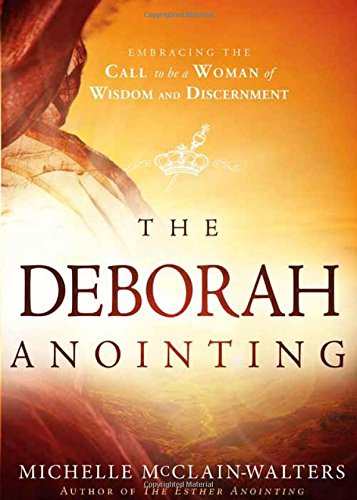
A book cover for The Deborah Anointing: Embracing the Call to be a Woman of Wisdom and Discernment; Michelle McClain-Walters; Christian Books & Bibles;